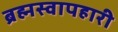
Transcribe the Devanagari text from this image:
ब्रह्मस्वापहारी